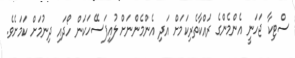
ސްޓިކާ ޖަހަނީ އެންމެންގެ ރައްކާތެރިކަމަށް އަދި އެންމެންނަށް ލުއިފަސޭހަކަން ހޯދައި ދިނުމަށް ކަމަށެވެ.